Reports on military cantonments and civil stations in the Presidency of Bombay inspected by the Sanitary Commissioner in the years 1875 and 1876
Year: 1875
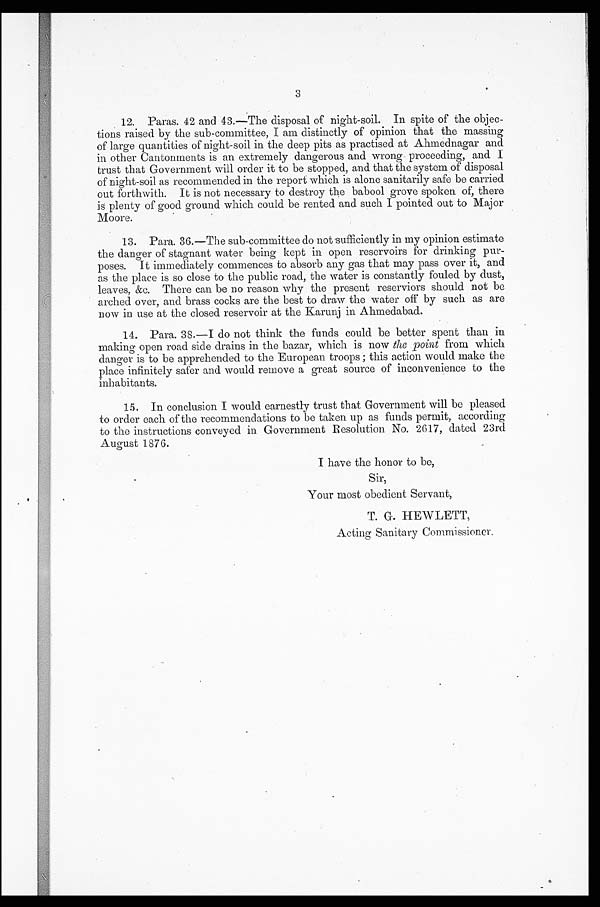
3
12. Paras. 42 and 43.—The disposal of night-soil. In spite of the objec--
tions raised by the sub-committee, I am distinctly of opinion that the massing
of large quantities of night-soil in the deep pits as practised at Ahmednagar and
in other Cantonments is an extremely dangerous and wrong proceeding, and. I
trust that Government will order it to be stopped, and that the system of disposal
of night-soil as recommended in the report which is alone sanitarily safe be carried
out forthwith. It is not necessary to destroy the babool grove spoken of, there
is plenty of good ground which could be rented and such I pointed out to Major
Moore.
13. Para. 36.—The sub-committee do not 'sufficiently in my opinion estimate
the danger of stagnant water being kept in open reservoirs for drinking pur-
poses. It immediately commences to absorb any gas that may pass over it, and
as the place is so close to the public road, the water is constantly fouled by dust,
leaves, &c. There can be no reason why the present reserviors should not be
arched over, and brass cocks are the best to draw the water off by such as are
now in use at the closed reservoir at the Karunj in Ahmedabad.
14. Para. 38.—I do not think the funds could be better spent than in
making open road side drains in the bazar, which is now the point from which
danger is to be apprehended to the European troops ; this action would make the
place infinitely safer and would remove a great source of inconvenience to the
inhabitants.
15. In conclusion I would earnestly trust that Government will be pleased
to order each of the recommendations to be taken up as funds permit, according
to the instructions conveyed in Government Resolution No. 2617, dated 23rd
August 1876.
I have the honor to be,
Sir,
Your most obedient Servant,
T. G. HEWLETT,
Acting Sanitary Commissioner.